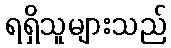
ရရှိသူများသည်